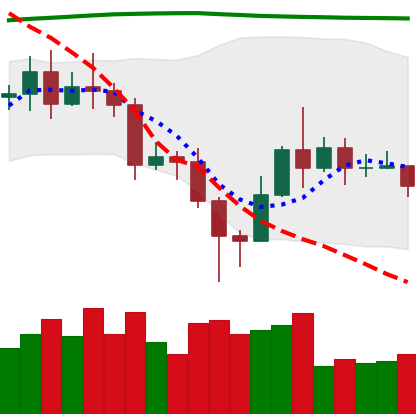
Ticker: EOS-USD
Chart end date: 2020-11-12
Forward return: 10.168%
Label: up_7plus